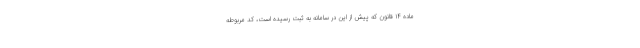
ماده ۱۴ قانون که پیش از این در سامانه به ثبت رسیده است، کد مربوطه